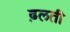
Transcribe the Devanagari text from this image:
ढ़लती